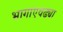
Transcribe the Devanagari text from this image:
भागाएवढ्या